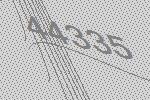
44335